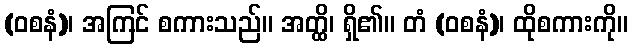
(ဝစနံ)၊ အကြင် စကားသည်။ အတ္ထိ၊ ရှိ၏။ တံ (ဝစနံ)၊ ထိုစကားကို။